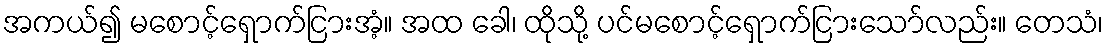
အကယ်၍ မစောင့်ရှောက်ငြားအံ့။ အထ ခေါ၊ ထိုသို့ ပင်မစောင့်ရှောက်ငြားသော်လည်း။ တေသံ၊